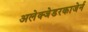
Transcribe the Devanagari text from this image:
अलेक्जेडरकाजेर्न